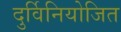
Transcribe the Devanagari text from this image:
दुर्विनियोजित